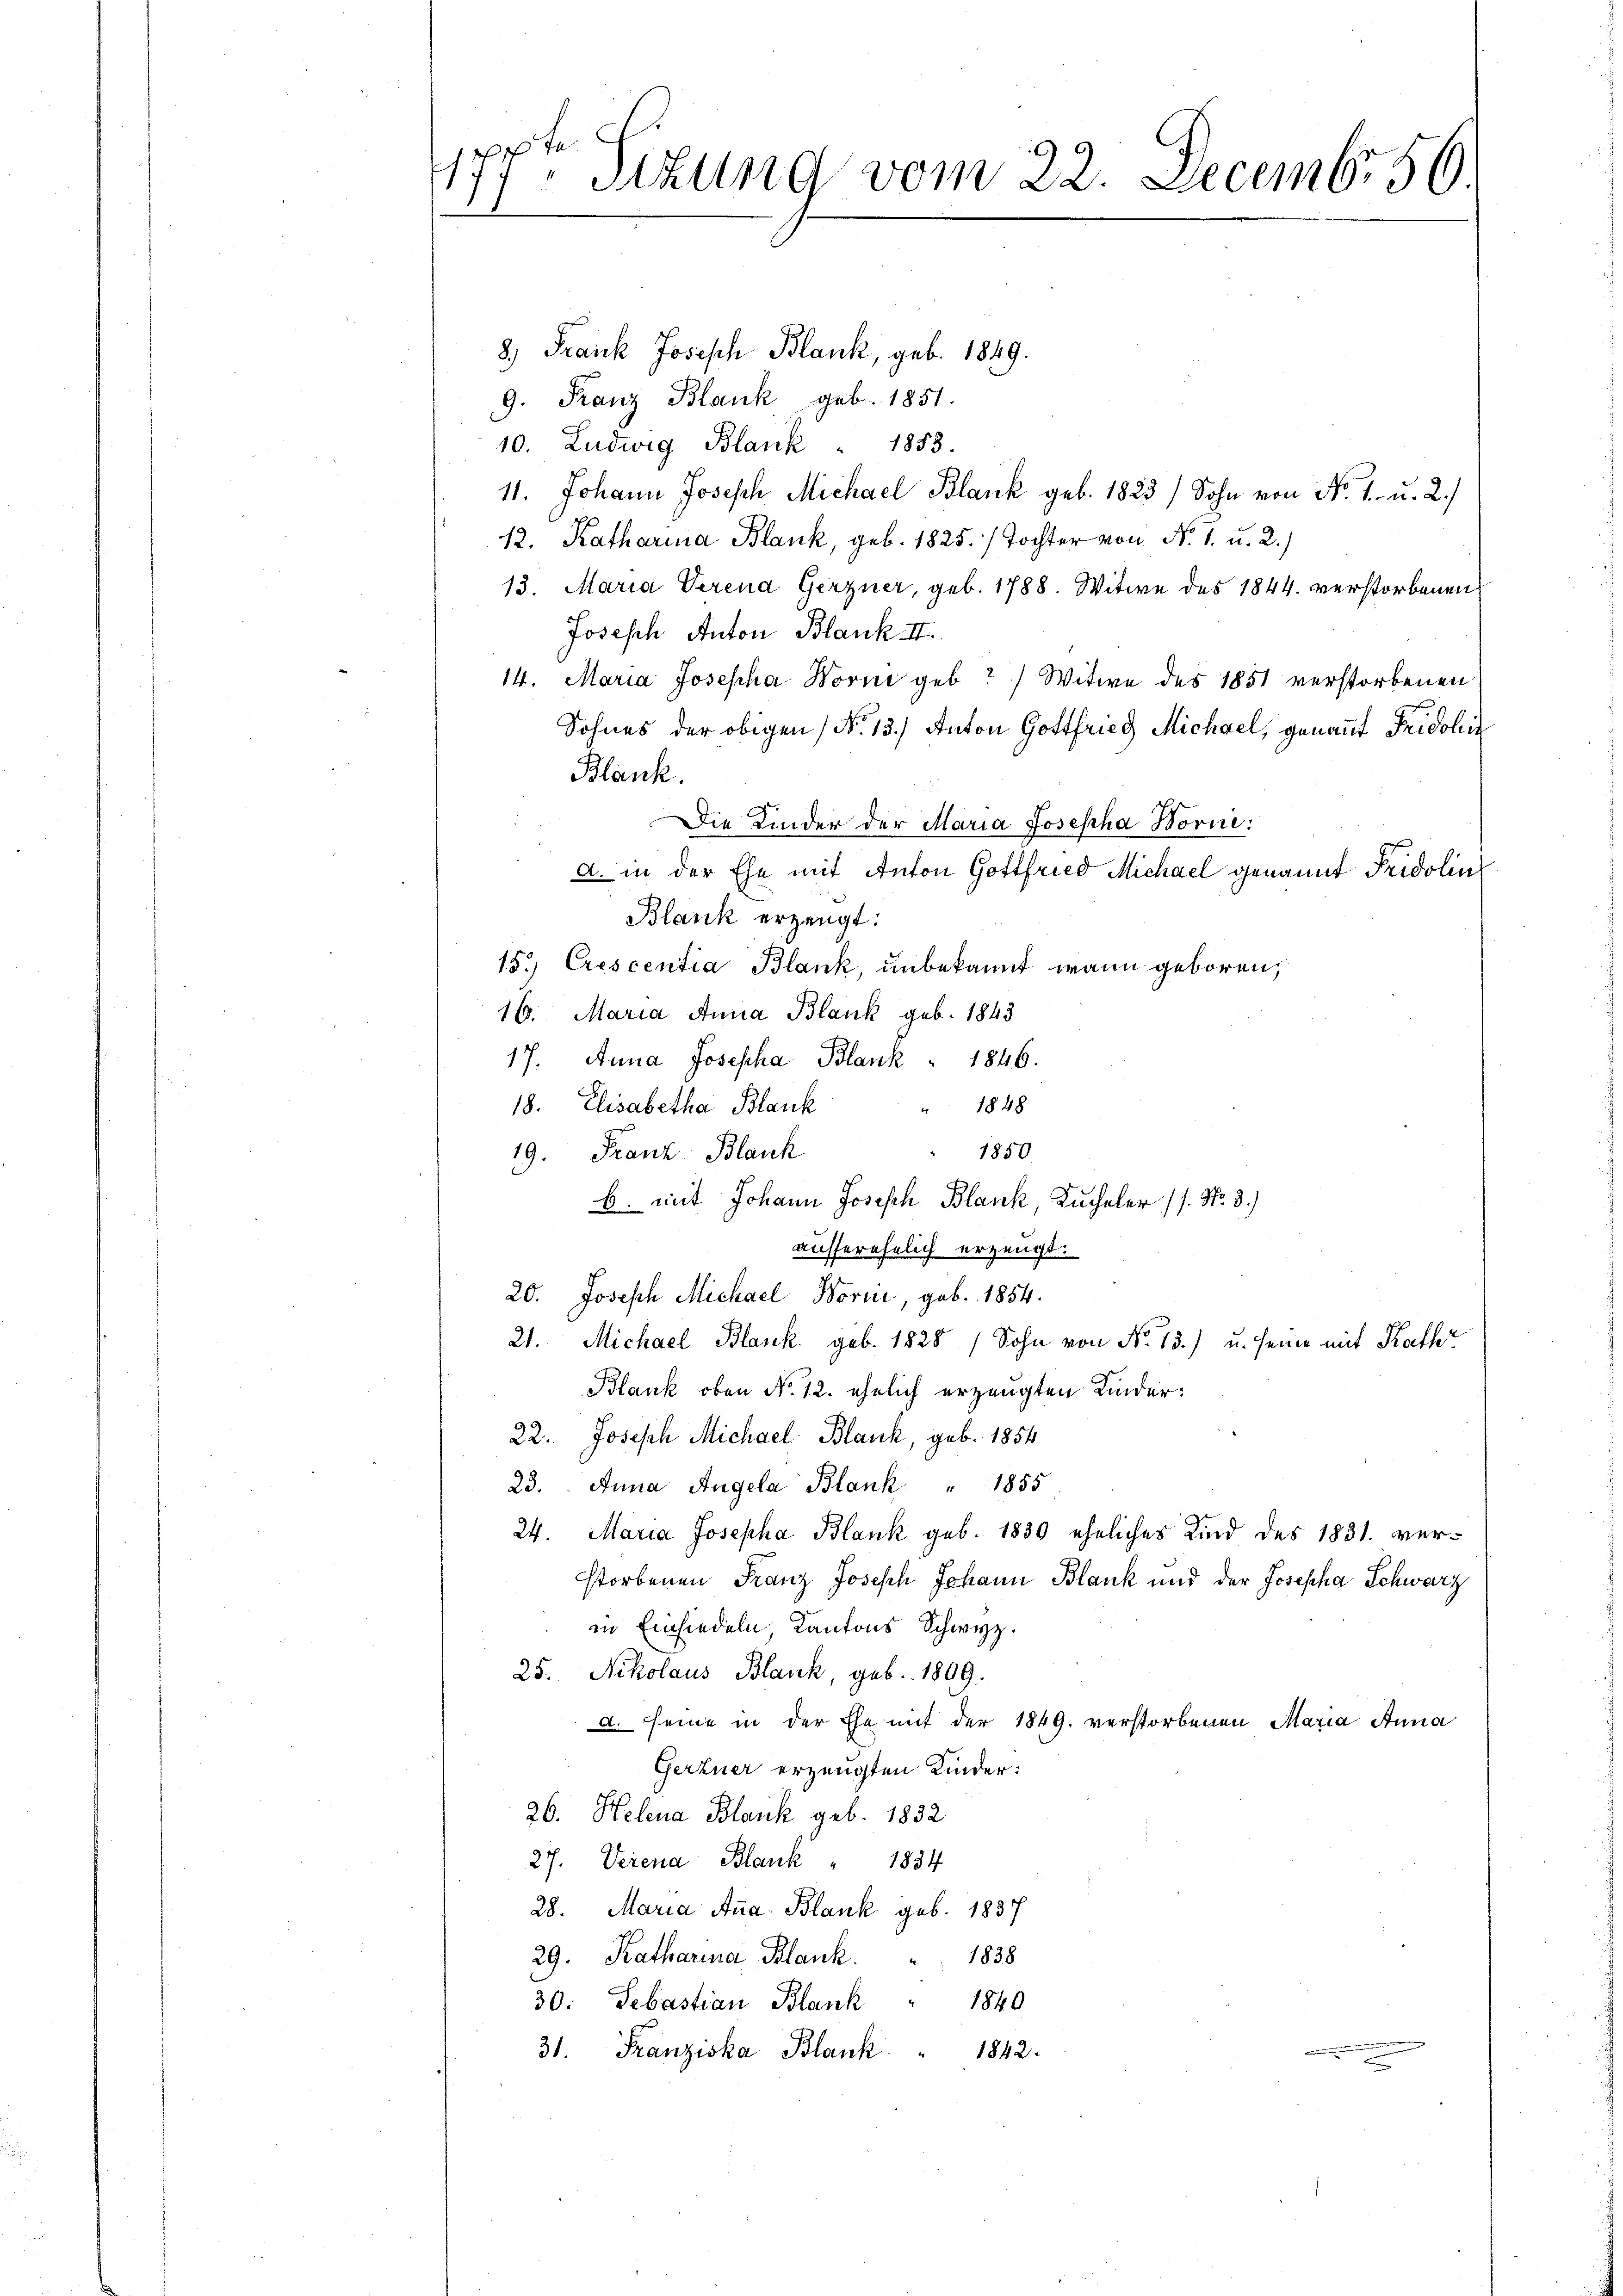
7 x
17) Sizung vom 22. Decemb. 56

8) Frank Joseph Blank, geb. 1849.
9. Franz Blank geb. 1851.
10. Ludwig Blank " 1853.
11. Johann Joseph Michael Blank geb. 1823, Sohn von No. 1. u. 2.)
12. Katharina Blank, geb. 1825. / Tochter von No. 1. u. 2.)
13. Maria Verena Gerzner, geb. 1788. Witwe des 1844 verstorbenen
Joseph Anton Blank II.
14. Maria Josepha Worne geb?) Witwe des 1851 verstorbenen
Sohnes der obigen No 13.) Anton Gottfried Michael, genannt Fridolin
Blank.
Die Kinder der Maria Josepha Borne
A. in der Ehe mit Anton Gottfried Michael genannt Fridolin
Blank erzeugt:
15.) Crescentia Blank, unbekannt wann geboren,
16. Maria Anna Blank geb. 1843
17. Anna Josepha Blank " 1846.
 1848
18. Elisabetha Blank
1850.
19. Franz Blank
b. mit Johann Joseph Blank, Kucheler (s. No. 3.)
ausserehelich erzeugt.
20. Joseph Michael Borni, geb. 1854.
21. Michael Blank. geb. 1828 / Sohn von No 13.) u. seine mit Kathr
Blank oben No 12. ehelich erzeugten Kinder:
22. Joseph Michael Blank, geb. 1854
23. Anna Angela Blank " 1855
24. Maria Josepha Blank geb. 1830 eheliches Kind des 1831. verstorbenen Franz Joseph Johann Blank und der Josepha Schwarz
in Einsiedeln, Kantons Schwyz.
25. Nikolaus Blank, geb. 1809.
d. seine in der Ehe mit der 1849. verstorbenen Maria Anna
Gertner erzeugten Kinder:
26. Helena Blank geb. 1832
27. Verena Blank " 1884
28. Maria Anna Blank geb. 1837
29. Katharina Blank.
1838
30: Sebastian Blank
1840
1842.
31. Franziska Blank